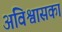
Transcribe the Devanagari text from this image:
अविश्वासका